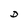
Character: D